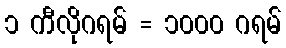
၁ ကီလိုဂရမ် = ၁၀၀၀ ဂရမ်